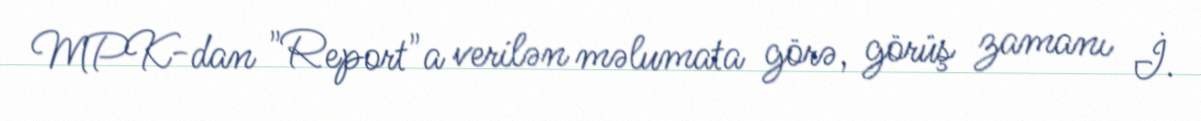
MPK-dan "Report"a verilən məlumata görə, görüş zamanı İ.